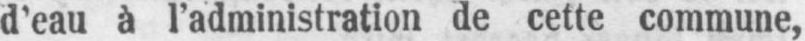
d’eau à l’administration de cette commune,